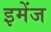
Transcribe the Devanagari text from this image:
इमेंज